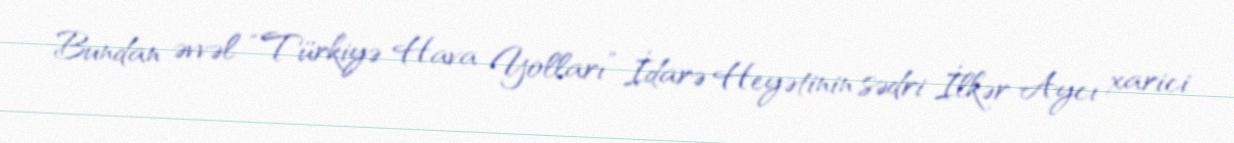
Bundan əvvəl “Türkiyə Hava Yolları” İdarə Heyətinin sədri İlkər Aycı xarici